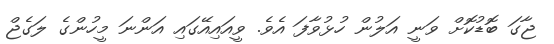
ޖާގަ ބޮޑުކޮށް ވަނީ އަލުން ހުޅުވާފަ އެވެ. ވީއައިއޭގައި އަންނަ މީހުންގެ ލަގެޖް